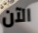
الآن